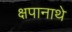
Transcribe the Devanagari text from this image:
क्षपानाथे